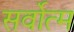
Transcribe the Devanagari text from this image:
सर्वोत्‍म